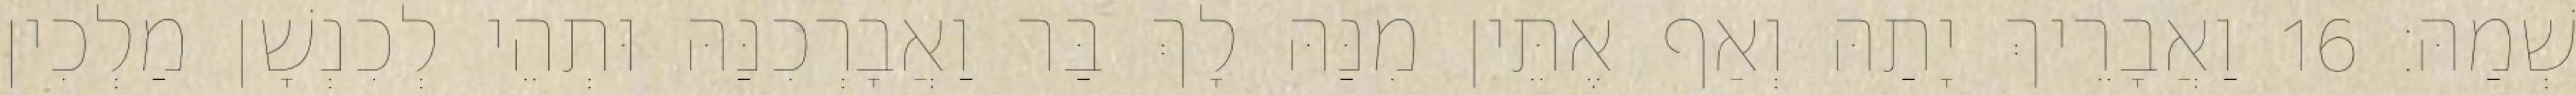
שְׁמַהּ׃ 16 וַאֲבָרֵיךְ יָתַהּ וְאַף אֶתֵּין מִנַּהּ לָךְ בַּר וַאֲבָרְכִנַּהּ וּתְהֵי לְכִנְשָׁן מַלְכִין